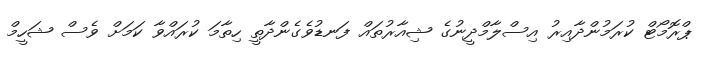
ޕްރޮމޯޓް ކުރަމުންދާއިރު އިސްލާމްދީނުގެ ޝިއާރުތައް ފަނޑުވެގެންދާތީ ހިތާމަ ކުރައްވާ ކަމަށް ވެސް ޝަހީމް